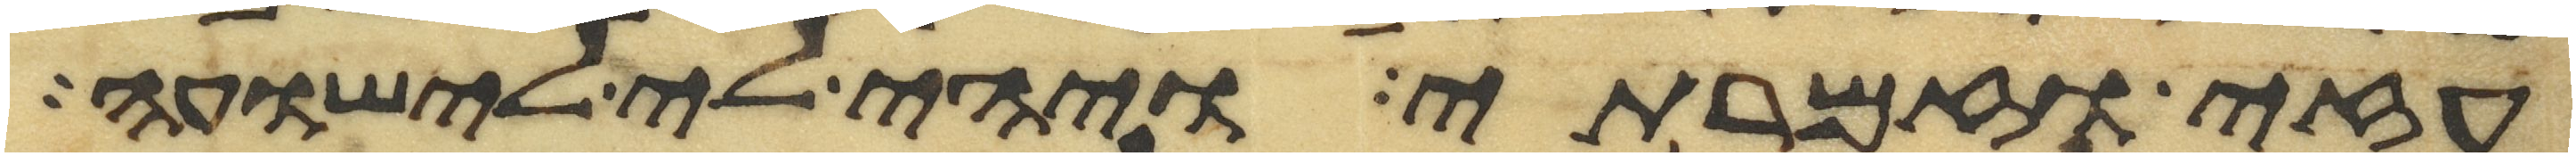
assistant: עזי וזמרתי ויהי לי לישועה